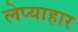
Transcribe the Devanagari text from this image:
लेप्याहार